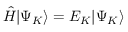
\hat { H } | \Psi _ { K } \rangle = E _ { K } | \Psi _ { K } \rangle